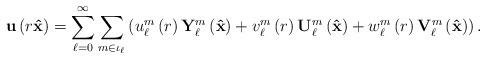
LaTeX: \begin{align*}\mathbf{u}\left( r\mathbf{\hat{x}}\right) =\sum_{\ell=0}^{\infty}\sum_{m\in\iota_{\ell}}\left( u_{\ell}^{m}\left( r\right) \mathbf{Y}_{\ell}^{m}\left( \mathbf{\hat{x}}\right) +v_{\ell}^{m}\left( r\right)\mathbf{U}_{\ell}^{m}\left( \mathbf{\hat{x}}\right) +w_{\ell}^{m}\left(r\right) \mathbf{V}_{\ell}^{m}\left( \mathbf{\hat{x}}\right) \right) .\end{align*}